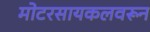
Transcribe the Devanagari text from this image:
मोटरसायकलवरून